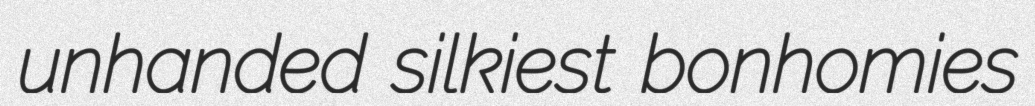
unhanded silkiest bonhomies